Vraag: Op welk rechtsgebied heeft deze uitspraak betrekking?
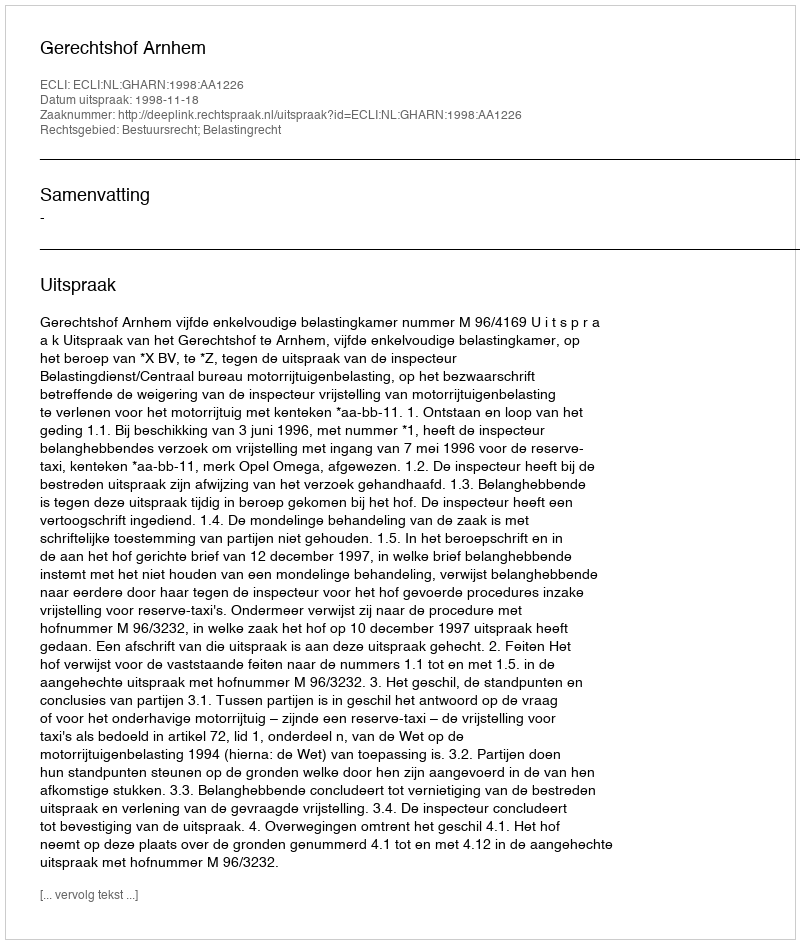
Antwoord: Bestuursrecht; Belastingrecht